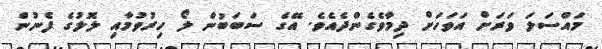
މައްސަލަ ވަރަށް އަވަހަށް ދިމާވެގެންދެއެވެ. އޭގެ ސަބަބުން ލޯ ހިރުވުމާއި ލޮލުގެ ފެނުން